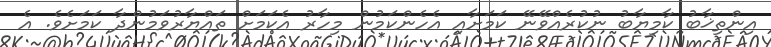
އިންތިޚާބު ކާމިޔާބު ނުކުރެއްވޭނޭ ކަމަށާއި އެހެންކަމުން މިހާރު އެކަމަށް ތައްޔާރުވަމުންދާ ކަމަށެވެ. އެ